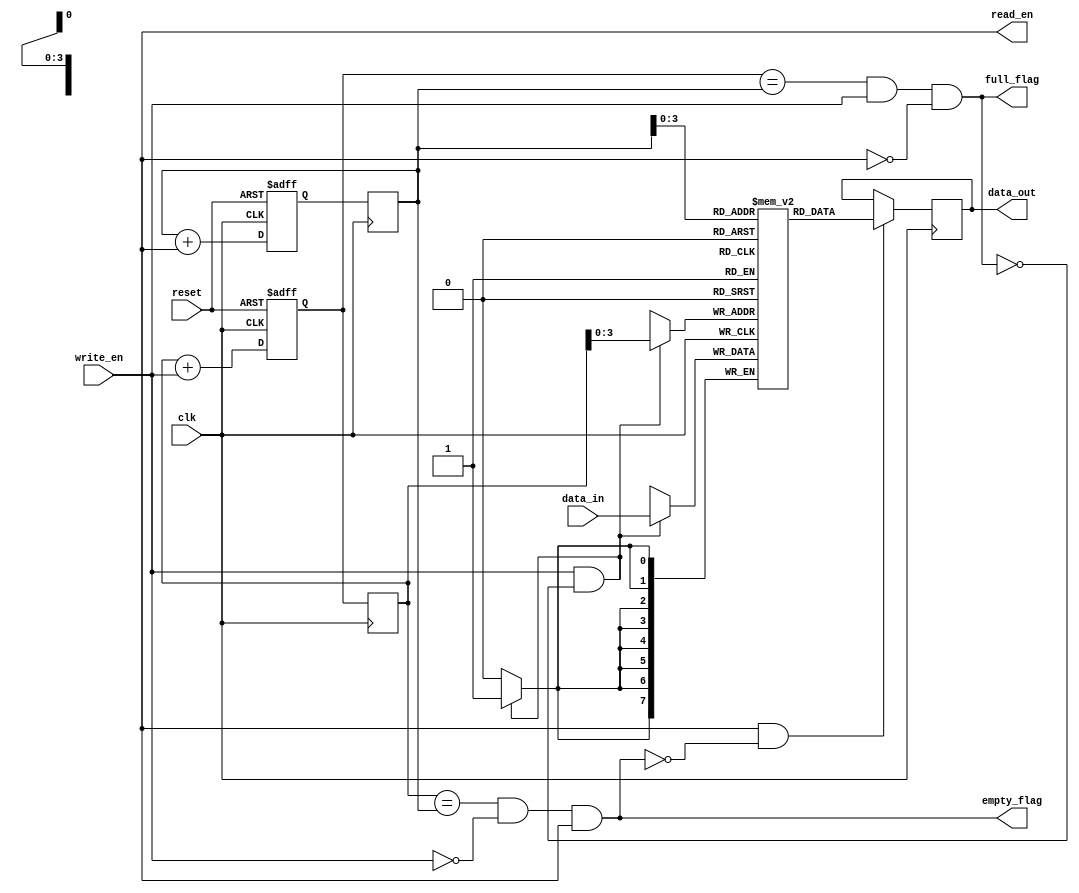
`timescale 1ns / 1ps
//////////////////////////////////////////////////////////////////////////////////
// Company: 
// Engineer: 
// 
// Design Name: 
// Module Name: Synchronous_fifo
// Project Name: 
// Target Devices: 
// Tool Versions: 
// Description: 
// 
// Dependencies: 
// 
// Revision:
// Revision 0.01 - File Created
// Additional Comments:
// 
//////////////////////////////////////////////////////////////////////////////////

module synchronous_fifo #(
  parameter integer DATA_WIDTH = 8,  // Width of data elements
  parameter integer FIFO_DEPTH = 16   // Depth of the FIFO (number of entries)
) (
  input                   clk,
  input                   reset,
  input                   write_en,
  input  [DATA_WIDTH-1:0] data_in,
  output                  read_en,
  output reg [DATA_WIDTH-1:0] data_out,
  output                  full_flag,
  output                  empty_flag);

  // Internal signals
  reg [FIFO_DEPTH-1:0] write_ptr;
  reg [FIFO_DEPTH-1:0] next_write_ptr;
  reg [FIFO_DEPTH-1:0] read_ptr, next_read_ptr;
  reg [DATA_WIDTH-1:0] memory [FIFO_DEPTH-1:0];

  // Calculate next write pointer
  always @(posedge clk, posedge reset) begin
    if (reset) begin
      next_write_ptr <= {FIFO_DEPTH{1'b0}}; // Reset write pointer to 0
    end else begin
      next_write_ptr = write_ptr + write_en; // Increment if write enabled
    end
  end

  // Calculate next read pointer
  always @(posedge clk, posedge reset) begin
    if (reset) begin
      next_read_ptr <= {FIFO_DEPTH{1'b0}}; // Reset read pointer to 0
    end else begin
      next_read_ptr = read_ptr + read_en; // Increment if read enabled
    end
  end

  // Update write and read pointers
  always @(posedge clk) begin
    write_ptr <= next_write_ptr;
    read_ptr <= next_read_ptr;
  end

  // Memory write logic
  always @(posedge clk) begin
    if (write_en & ~full_flag) begin
      memory[write_ptr] <= data_in;
    end
  end

  // Memory read logic
  always @(posedge clk) begin
    if (read_en & ~empty_flag) begin
      data_out <= memory[read_ptr];
    end
  end

  // Full flag logic
  assign full_flag = (next_write_ptr == read_ptr) & write_en & ~read_en;

  // Empty flag logic
  assign empty_flag = (write_ptr == read_ptr) & ~write_en & read_en;

endmodule